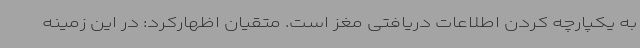
به یکپارچه کردن اطلاعات دریافتی مغز است. متقیان اظهارکرد: در این زمینه